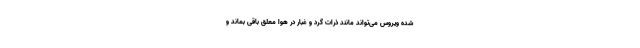
شده ویروس می‌تواند مانند ذرات گرد و غبار در هوا معلق باقی بماند و